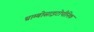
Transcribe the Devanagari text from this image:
थ्राम्बोसाइटोपीनिक